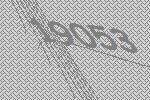
19053